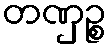
တဏှဉ္စ